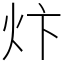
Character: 炞